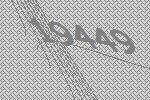
19449